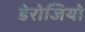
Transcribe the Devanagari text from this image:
डेरोजियो